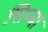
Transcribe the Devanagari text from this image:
सिम्बा